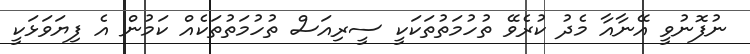
ނުފޮނުވީ އޭނާއާ މެދު ކުރެވޭ ތުހުމަތުތަކަކީ ސީރިއަސް ތުހުމަތުތަކެއް ކަމުން އެ ފިޔަވަޅަކީ